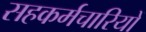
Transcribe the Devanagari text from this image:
सहकर्मचारियों